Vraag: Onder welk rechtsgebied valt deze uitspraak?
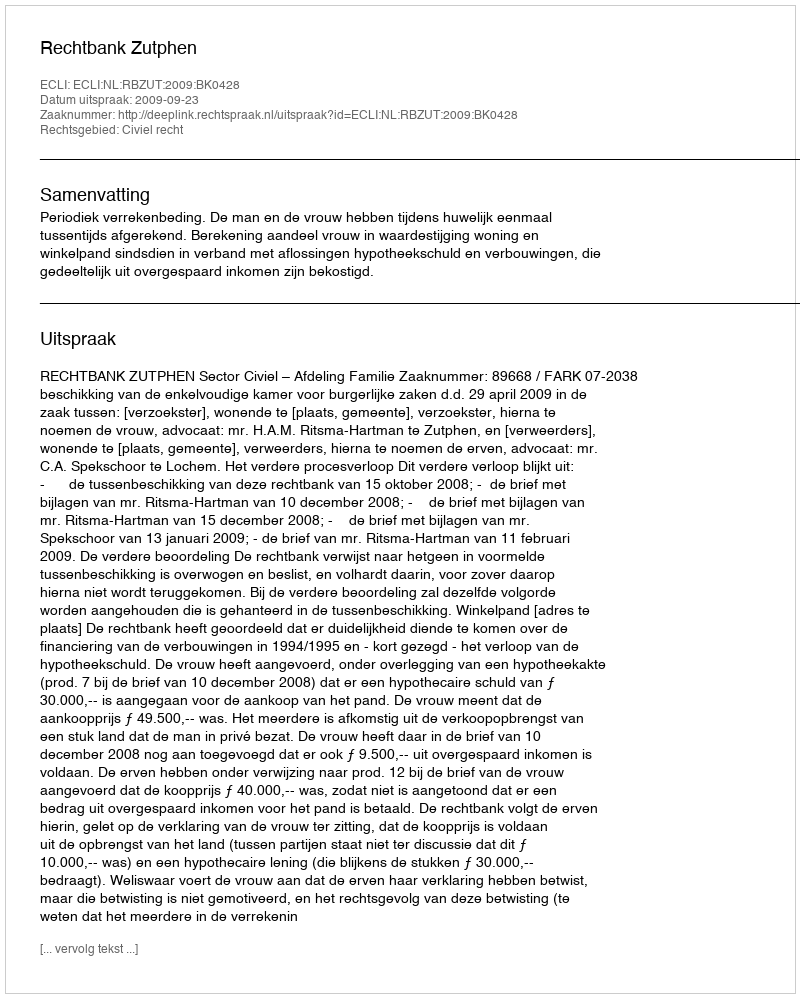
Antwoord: Civiel recht